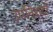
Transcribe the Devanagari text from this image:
उपनिशदों